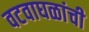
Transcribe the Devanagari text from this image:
वटवाघळांची